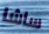
ساشا